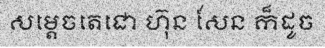
សម្តេចតេជោ ហ៊ុន សែន ក៏ដូច